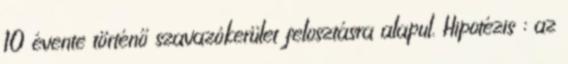
10 évente történő szavazókerület felosztásra alapul. Hipotézis : az